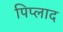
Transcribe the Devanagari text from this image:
पिप्लाद